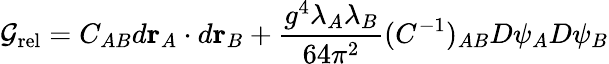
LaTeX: {\cal G}_{\mathrm{rel}}=C_{AB}d{\mathbf r}_{A}\cdot d{\mathbf r}_{B}+\frac{g^{4}\lambda_{A}\lambda_{B}}{64\pi^{2}}(C^{-1})_{AB}D\psi_{A}D\psi_{B}